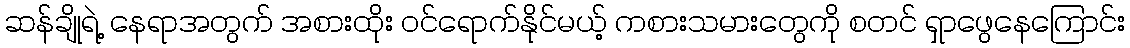
ဆန်ချိုရဲ့ နေရာအတွက် အစားထိုး ဝင်ရောက်နိုင်မယ့် ကစားသမားတွေကို စတင် ရှာဖွေနေကြောင်း